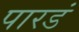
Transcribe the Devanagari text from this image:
पारडं